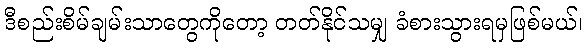
ဒီစည်းစိမ်ချမ်းသာတွေကိုတော့ တတ်နိုင်သမျှ ခံစားသွားရမှဖြစ်မယ်၊